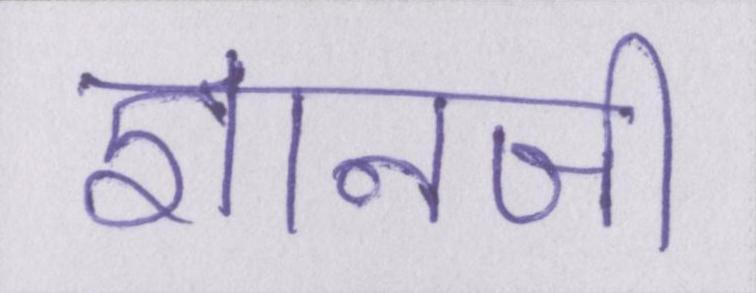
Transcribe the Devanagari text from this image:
ज्ञानजी